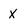
Character: x